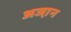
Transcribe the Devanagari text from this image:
अजा़न